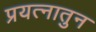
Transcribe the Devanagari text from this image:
प्रयत्नातुन